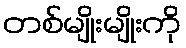
တစ်မျိုးမျိုးကို